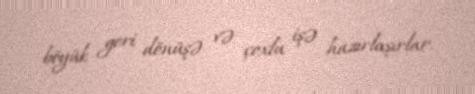
böyük geri dönüşə və çoxlu işə hazırlaşırlar.